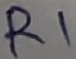
Text: R1